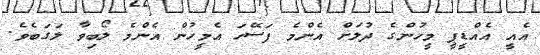
އެއީ އެއްޑީޕީ މީހުންގެ ދުލަށް އެންމެ ފަސޭހަ އެމީހުން އެންމެ ލޯބިވާ ލަގަބެވެ.